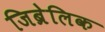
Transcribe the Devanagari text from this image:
जिब्रेलिक